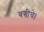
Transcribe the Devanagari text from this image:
बगीचे।